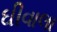
ઘીવાલા